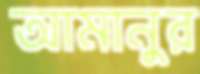
আমানুর